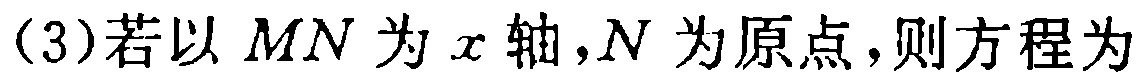
(3)若以 \(MN\) 为 \(x\) 轴，\(N\) 为原点，则方程为